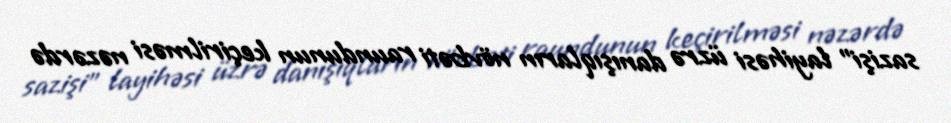
sazişi” layihəsi üzrə danışıqların növbəti raundunun keçirilməsi nəzərdə